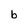
Character: b